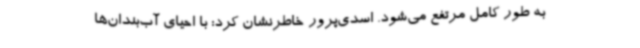
به طور کامل مرتفع می‌شود. اسدی‌پرور خاطرنشان کرد: با احیای آب‌بندان‌ها